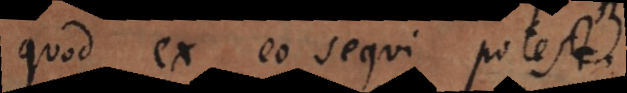
quod ex eo sequi potest.